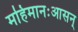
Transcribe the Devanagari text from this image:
महिमानःआसन्